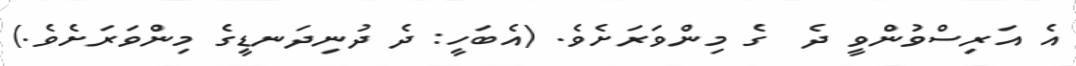
އެ އަރިސްވުންވީ ދެ  ގެ މިންވަރަށެވެ. (އެބަހީ: ދެ ދުނިދަނޑީގެ މިންވަރަށެވެ.)